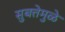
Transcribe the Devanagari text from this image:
सुबत्तेमुळे